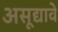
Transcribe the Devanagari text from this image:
असूद्यावे